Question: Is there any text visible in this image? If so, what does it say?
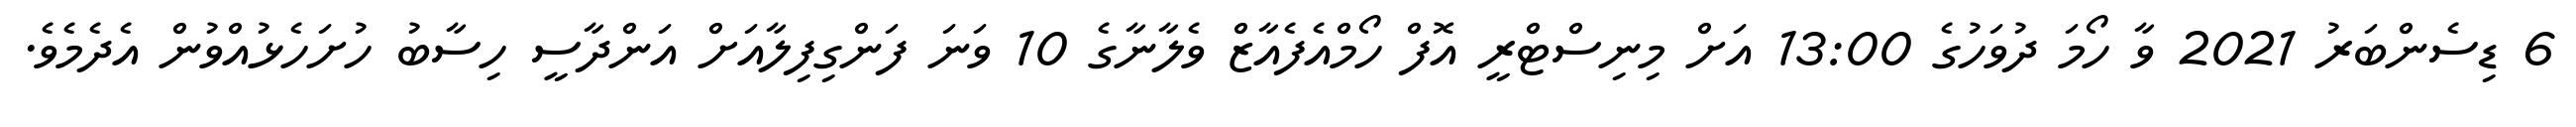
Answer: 6 ޑިސެންބަރު 2021 ވާ ހޯމަ ދުވަހުގެ 13:00 އަށް މިނިސްޓްރީ އޮފް ހޯމްއެފެއާޒް ވެލާނާގެ 10 ވަނަ ފަންގިފިލާއަށް އަންދާސީ ހިސާބު ހުށަހެޅުއްވުން އެދެމެވެ.